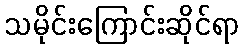
သမိုင်းကြောင်းဆိုင်ရာ